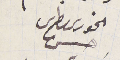
الخورى بطرس حسن